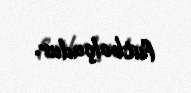
futbolçudur.